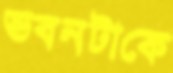
ভবনটাকে